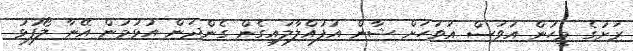
ރަށުގެ މީހުން އަވަސް އަވަހަށް ޝާން އުފުއްލާލައިގެން ގެންދަން އުޅުމުން އޭނާ ލޯފުޅު